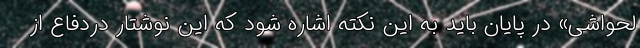
لحواشی» در پایان باید به این نکته اشاره شود که این نوشتار دردفاع از